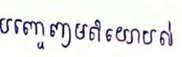
បញ្ចេញមតិយោបល់